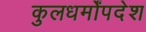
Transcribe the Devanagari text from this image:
कुलधर्मोंपदेश